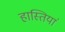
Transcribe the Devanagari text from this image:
हास्तियां